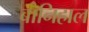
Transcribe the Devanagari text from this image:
बानिहाल